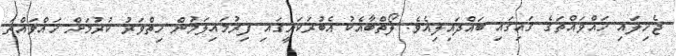
ޖެހިލައި ހައްވައްތަގެ ގައިގައި ބައްދައިލިއެވެ. ލޯތްބާއެކު އެބުރަކަށީގައި ފިރުމައިލަމުން ހިތްވަރު ކުރުމަށް ހައްވައްތަ